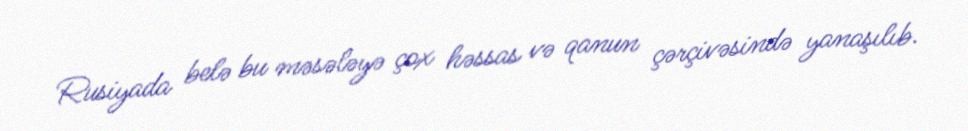
Rusiyada belə bu məsələyə çox həssas və qanun çərçivəsində yanaşılıb.